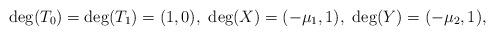
LaTeX: \begin{align*}\deg(T_0) = \deg(T_1) = (1,0),\ \deg(X) = (-\mu_1,1), \ \deg(Y) = (-\mu_2,1),\end{align*}